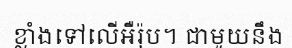
ខ្លាំងទៅលើអឺរ៉ុប។ ជាមួយនឹង